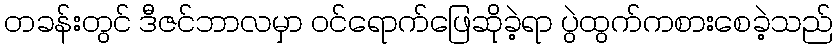
တခန်းတွင် ဒီဇင်ဘာလမှာ ဝင်ရောက်ဖြေဆိုခဲ့ရာ ပွဲထွက်ကစားစေခဲ့သည်